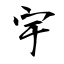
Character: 宇